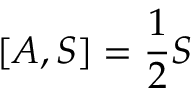
[ A , S ] = { \frac { 1 } { 2 } } S